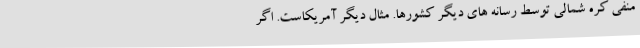
منفی کره شمالی توسط رسانه های دیگر کشورها. مثال دیگر آمریکاست. اگر